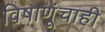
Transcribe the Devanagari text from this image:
विषाणूंचाही